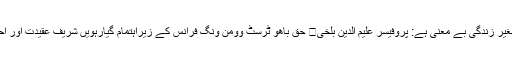
سیرت رسول کو اپنائے بغیر زندگی بے معنی ہے: پروفیسر علیم الدین بلخی	 حق باھو ٹرسٹ وومن ونگ فرانس کے زیراہتمام گیارہویں شریف عقیدت اور احترام کے ساتھ منائی گئی